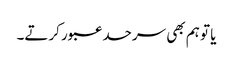
یا تو ہم بھی سرحد عبور کرتے۔